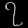
Digit: ၇